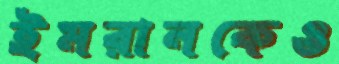
ইমরানকেও